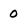
Character: 0